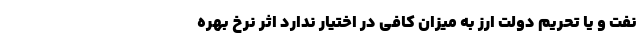
نفت و یا تحریم دولت ارز به میزان کافی در اختیار ندارد اثر نرخ بهره